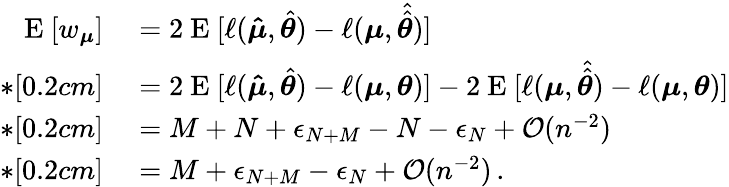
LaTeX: \begin{array}{rl}{\mathrm{~E~}[w_{\boldsymbol{\mu}}]}&{{}=2\mathrm{~E~}[\ell(\boldsymbol{\hat{\mu}},\hat{\boldsymbol{\theta}})-\ell(\boldsymbol{\mu},\hat{\hat{\boldsymbol{\theta}}})]}\\ {*[0.2cm]}&{{}=2\mathrm{~E~}[\ell(\boldsymbol{\hat{\mu}},\hat{\boldsymbol{\theta}})-\ell(\boldsymbol{\mu},\boldsymbol{\theta})]-2\mathrm{~E~}[\ell(\boldsymbol{\mu},\hat{\hat{\boldsymbol{\theta}}})-\ell(\boldsymbol{\mu},\boldsymbol{\theta})]}\\ {*[0.2cm]}&{{}=M+N+\epsilon_{N+M}-N-\epsilon_{N}+\mathcal{O}(n^{-2})}\\ {*[0.2cm]}&{{}=M+\epsilon_{N+M}-\epsilon_{N}+\mathcal{O}(n^{-2})\, .}\end{array}